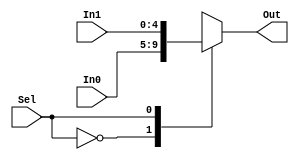
`timescale 1ns / 1ps

module BranchMultiplexer(In0,In1,Sel,Out);
	 input [4:0]  In0; // From Adder (Near PC Counter)
	 input [4:0]  In1; // From Adder (For Branch)
	 input  Sel;
	 output reg[4:0]  Out;
always@(In0,In1,Sel)
	case(Sel)
		0:Out<=In0;
		1:Out<=In1;
endcase
endmodule